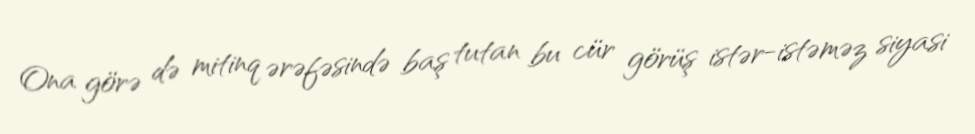
Ona görə də mitinq ərəfəsində baş tutan bu cür görüş istər-istəməz siyasi